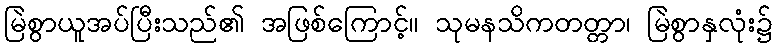
မြဲစွာယူအပ်ပြီးသည်၏ အဖြစ်ကြောင့်။ သုမနသိကတတ္တာ၊ မြဲစွာနှလုံး၌